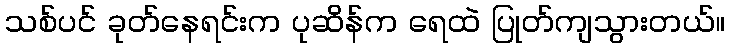
သစ်ပင် ခုတ်နေရင်းက ပုဆိန်က ရေထဲ ပြုတ်ကျသွားတယ်။